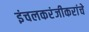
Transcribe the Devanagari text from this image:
इंचलकरंजीकरांचे